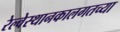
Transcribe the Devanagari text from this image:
रेल्वेस्थानकालगतच्या